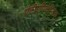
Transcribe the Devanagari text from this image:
एंटीएपिलेप्टिक